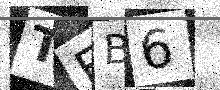
Text: TFB6